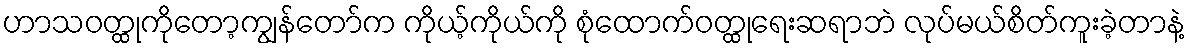
ဟာသဝတ္ထုကိုတော့ကျွန်တော်က ကိုယ့်ကိုယ်ကို စုံထောက်ဝတ္ထုရေးဆရာဘဲ လုပ်မယ်စိတ်ကူးခဲ့တာနဲ့